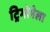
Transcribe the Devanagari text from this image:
ट्रिगोनेला